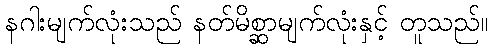
နဂါးမျက်လုံးသည် နတ်မိစ္ဆာမျက်လုံးနှင့် တူသည်။